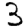
Digit: 3